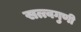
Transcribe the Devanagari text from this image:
सत्त्वगुणी